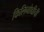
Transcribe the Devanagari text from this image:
किलिनोच्चीची